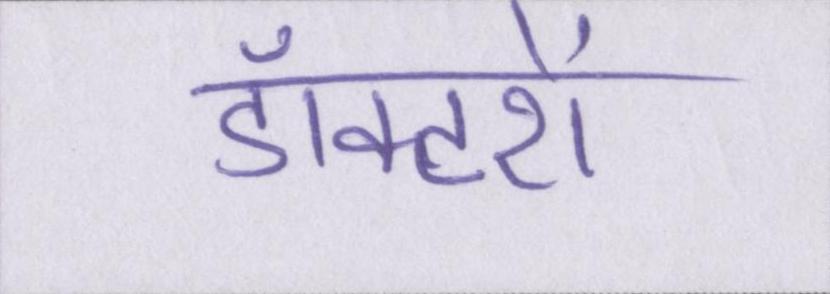
डॉक्टरों